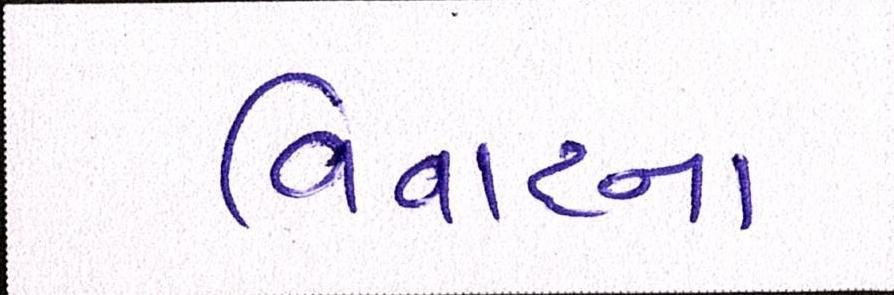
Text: વિવાદના